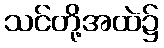
သင်တို့အထဲ၌